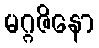
မဂ္ဂဇိနော